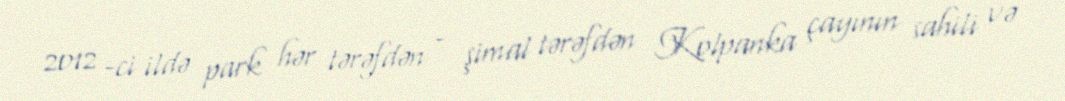
2012 -ci ildə park hər tərəfdən - şimal tərəfdən Kolpanka çayının sahili və